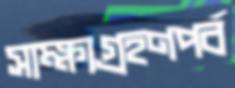
সাক্ষ্যগ্রহণপর্ব